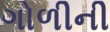
ગોળીની